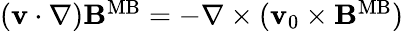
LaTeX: \begin{array}{r}{({\mathbf v}\cdot\nabla){\mathbf B}^{\mathrm{MB}}=-\nabla\times({\mathbf v}_{0}\times{\mathbf B}^{\mathrm{MB}})}\end{array}